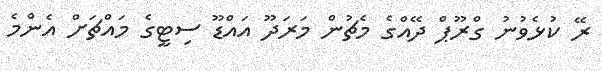
ރޭ ކުޅެވުނު ގްރޫޕް ދޭއްގެ މެޗުން މަރަދޫ އައްޑޫ ސިޓީގެ މައްޗަށް އެންމެ